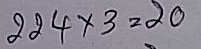
224 x 3 = 20